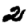
Digit: 2